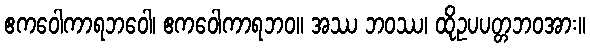
ဧကဝေါကာရဘဝေါ၊ ဧကဝေါကာရဘဝ။ အဿ ဘဝဿ၊ ထိုဥပပတ္တဘဝအား။